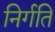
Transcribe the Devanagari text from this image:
निर्गति